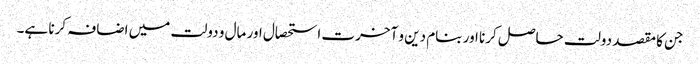
جن کا مقصد دولت حاصل کرنا اور بنام دین و آخرت استحصال اور مال و دولت میں اضافہ کرنا ہے۔